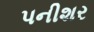
પનીશર